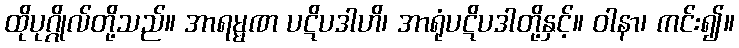
ထိုပုဂ္ဂိုလ်တို့သည်။ အာရမ္မဏ ပဋိပဒါဟိ၊ အာရုံပဋိပဒါတို့နှင့်။ ဝါနာ၊ ကင်း၍။